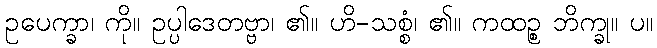
ဥပေက္ခာ၊ ကို။ ဥပ္ပါဒေတဗ္ဗာ၊ ၏။ ဟိ-သစ္စံ၊ ၏။ ကထဉ္စ ဘိက္ခု။ ပ။